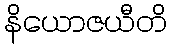
နိယောဇယီတိ